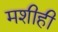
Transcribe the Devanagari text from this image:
मशीही